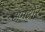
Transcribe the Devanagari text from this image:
अमझोर